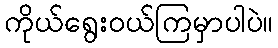
ကိုယ်ရွေးဝယ်ကြမှာပါပဲ။